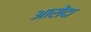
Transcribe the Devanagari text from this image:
आरोंदा